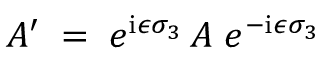
A ^ { \prime } \; = \; e ^ { \mathrm { i } \epsilon \sigma _ { 3 } } \, A \; e ^ { - \mathrm { i } \epsilon \sigma _ { 3 } }